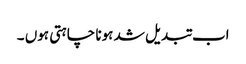
اب تبدیل شد ہونا چاہتی ہوں ۔